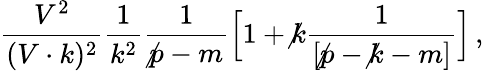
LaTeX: \frac{V^{2}}{(V\cdot k)^{2}}\frac 1{k^{2}}\frac 1{\not p-m}\Big[1+\not k\frac 1{[\not p-\not k-m]}\Big]\, ,